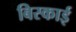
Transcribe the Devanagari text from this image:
बिस्काई